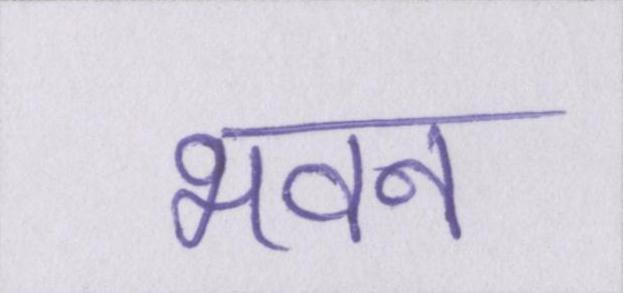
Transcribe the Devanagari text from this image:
भवन